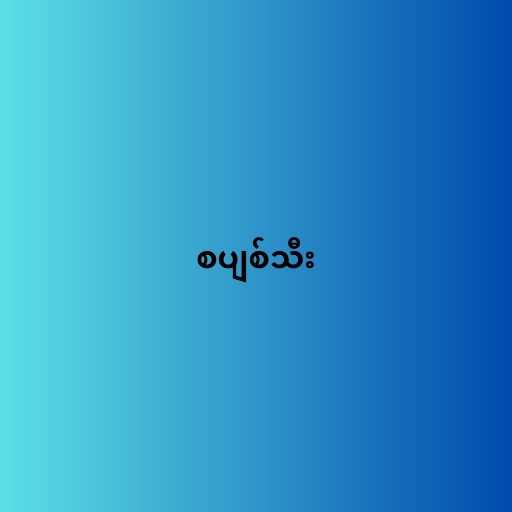
စပျစ်သီး